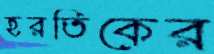
হরতিকের